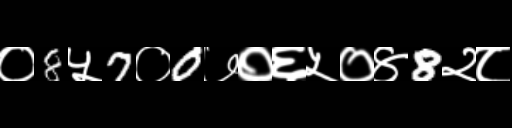
Text: ०8५7०0७०६५०४8२८